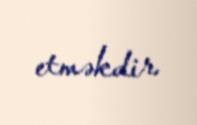
etməkdir.